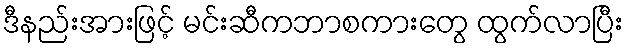
ဒီနည်းအားဖြင့် မင်းဆီကဘာစကားတွေ ထွက်လာပြီး